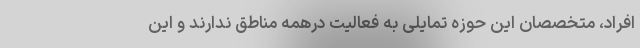
افراد، متخصصان این حوزه تمایلی به فعالیت درهمه مناطق ندارند و این